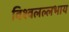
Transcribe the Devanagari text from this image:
विश्वलल्लभाय